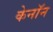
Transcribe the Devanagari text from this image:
केनॉन